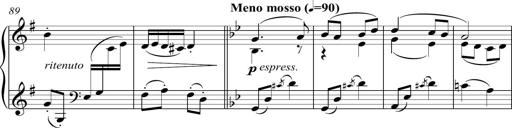
Title: Sonatina del HuÃ©car
Composer: JosÃ© Miguel Moreno Sabio